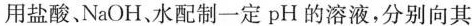
用盐酸、NaoH、水配置一定pH的溶液，分别向其